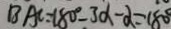
B A C = 1 8 0 ^ { \circ } - 3 \alpha - \alpha = 1 8 0 ^ { \circ }